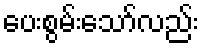
ပေးစွမ်းသော်လည်း